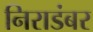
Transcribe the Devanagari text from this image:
निराडंबर